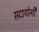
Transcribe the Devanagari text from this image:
सदायोगी